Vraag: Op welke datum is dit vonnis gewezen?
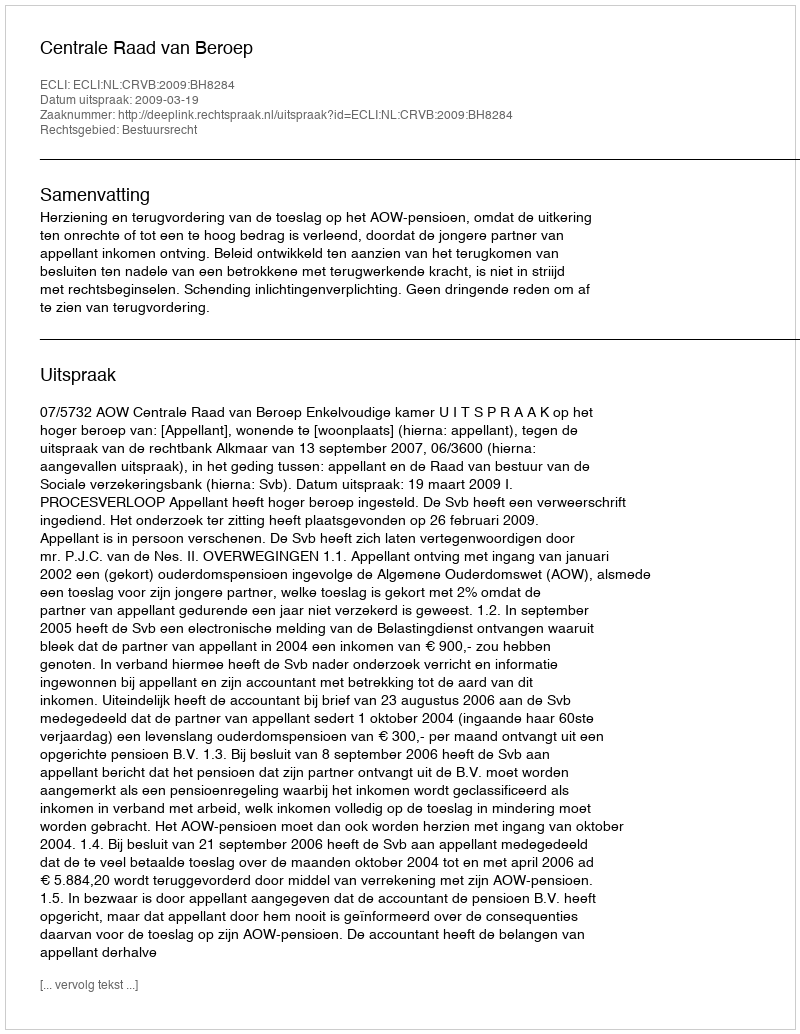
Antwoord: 2009-03-19